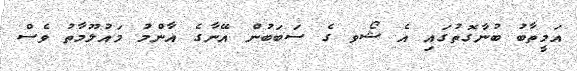
އަމީތާބު ބުނާގޮތުގައި އެ ޝޯވ ގެ ސަބަބުން އޭނާގެ އާންމު މައުލޫމާތު ވެސް